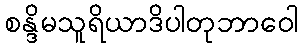
စန္ဒိမသူရိယာဒိပါတုဘာဝေါ